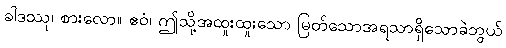
ခါဒဿု၊ စားလော။ ဧဝံ၊ ဤသို့အထူးထူးသော မြတ်သောအရသာရှိသောခဲဘွယ်